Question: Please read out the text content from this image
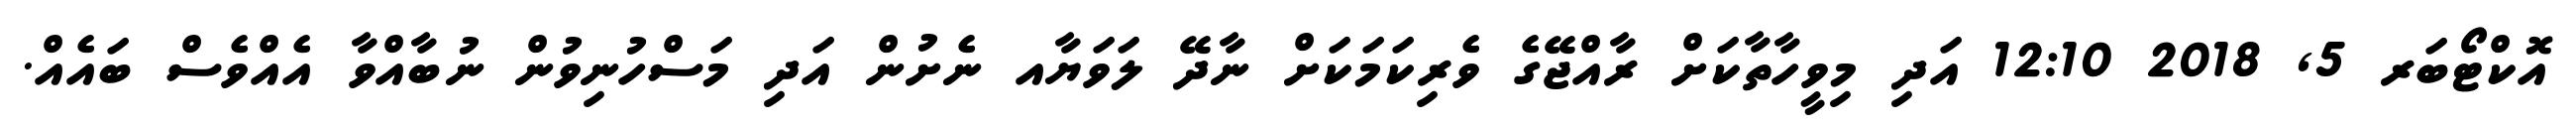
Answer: އޮކްޓޯބަރ 5, 2018 12:10 އަދި މިވީހާތާކަށް ރާއްޖޭގެ ވެރިކަމަކަށް ނާދޭ ލަވަޔާއ ނެށުން އަދި މަސްހުނިވުން ނުބާއްވާ އެއްވެސް ބައެއް.